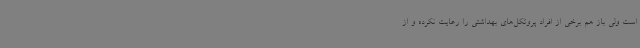
است ولی باز هم برخی از افراد پروتکل‌های بهداشتی را رعایت نکرده و از